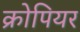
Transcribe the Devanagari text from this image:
क्रोपियर